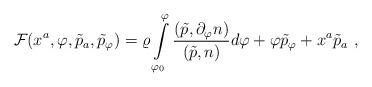
LaTeX: \begin{align*}{\cal F}(x^a,\varphi ,\tilde{p}_a, \tilde{p}_\varphi )=\varrho\int\limits_{\varphi_0}^{\varphi}\frac{(\tilde{p},\partial_\varphi n)}{(\tilde{p},n)}d\varphi+ \varphi\tilde{p}_\varphi+x^a\tilde{p}_a\ ,\end{align*}